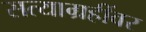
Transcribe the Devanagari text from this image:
सत्याग्रहींवर